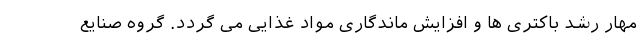
مهار رشد باکتری ها و افزایش ماندگاری مواد غذایی می گردد. گروه صنایع